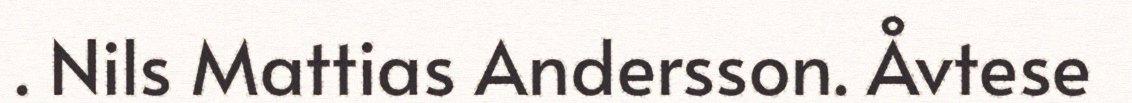
. Nils Mattias Andersson. Åvtese